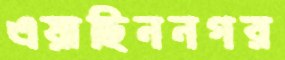
এয়াছিননগর